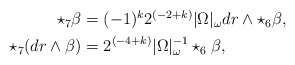
\begin{align*}\begin{aligned} \star_7 \beta &= (-1)^k 2^{(-2+k)} |\Omega|_\omega dr \wedge \star_6 \beta, \\ \star_7 (dr \wedge \beta) &= 2^{(-4+k)} |\Omega|_\omega^{-1} \star_6 \beta,\end{aligned}\end{align*}